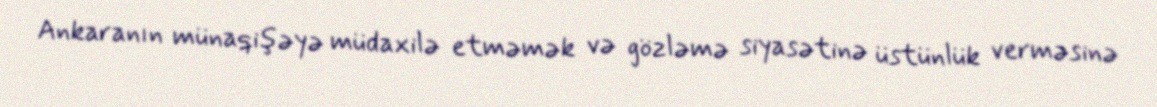
Ankaranın münaqişəyə müdaxilə etməmək və gözləmə siyasətinə üstünlük verməsinə